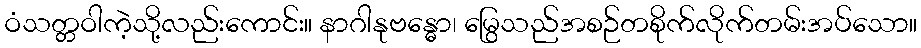
ဝံသတ္တဝါကဲ့သို့လည်းကောင်း။ နာဂါနုဗန္ဓော၊ မြွေသည်အစဉ်တစိုက်လိုက်တမ်းအပ်သော။